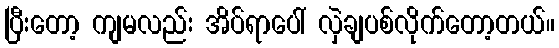
ပြီးတော့ ကျမလည်း အိပ်ရာပေါ် လှဲချပစ်လိုက်တော့တယ်။